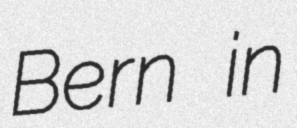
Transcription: Bern in